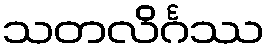
သတလိင်္ဂဿ